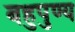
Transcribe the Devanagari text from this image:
बहुपुण्य